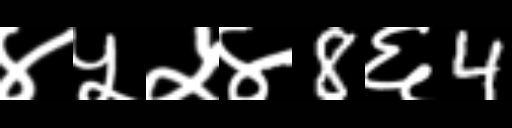
Text: ४५५४8६4